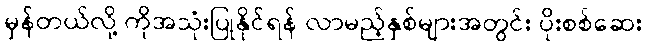
မှန်တယ်လို့ ကိုအသုံးပြုနိုင်ရန် လာမည့်နှစ်များအတွင်း ပိုးစစ်ဆေး